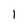
Character: 1